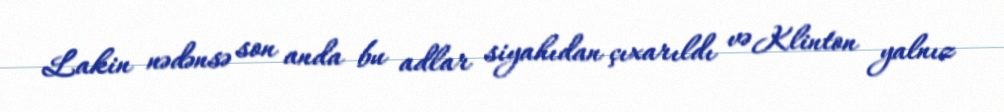
Lakin nədənsə son anda bu adlar siyahıdan çıxarıldı və Klinton yalnız